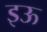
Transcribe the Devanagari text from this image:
इऊ